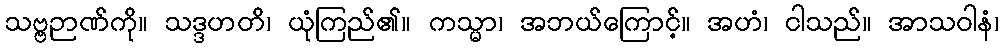
သဗ္ဗဉာဏ်ကို။ သဒ္ဒဟတိ၊ ယုံကြည်၏။ ကသ္မာ၊ အဘယ်ကြောင့်။ အဟံ၊ ငါသည်။ အာသဝါနံ၊